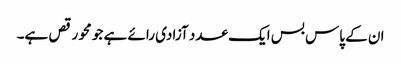
ان کے پاس بس ایک عدد آزادی رائے ہے جو محو رقص ہے۔